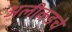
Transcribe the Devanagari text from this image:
अलीकडचे